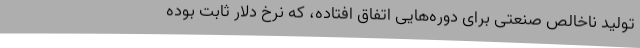
تولید ناخالص صنعتی برای دوره‌هایی اتفاق افتاده، که نرخ دلار ثابت بوده